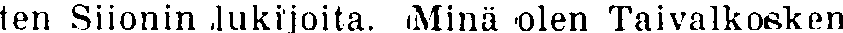
ten Siionin lukijoita. Minä olen Taivalkosken